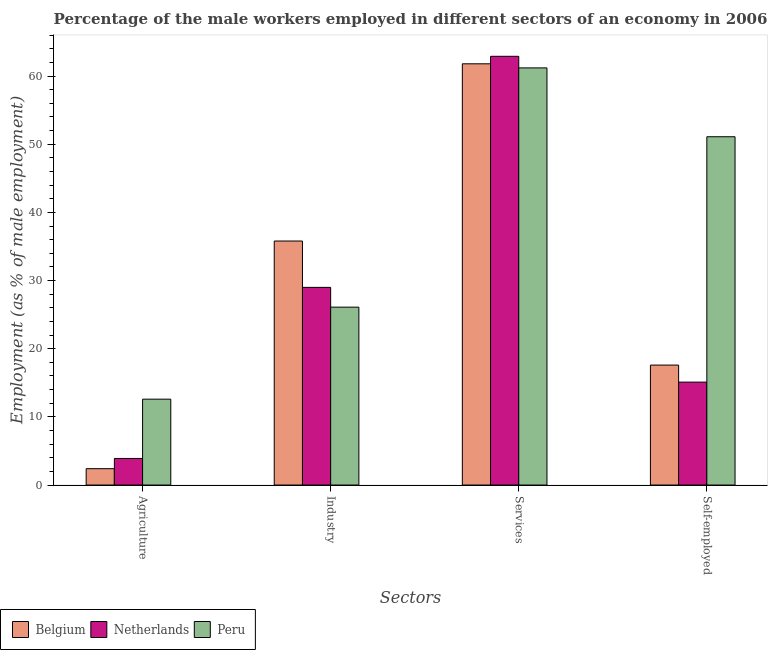
| Sectors | Belgium | Netherlands | Peru |
 | --- | --- | --- | --- |
 | Agriculture | 2.4 | 3.9 | 12.6 |
 | Industry | 35.8 | 29 | 26.1 |
 | Services | 61.8 | 62.9 | 61.2 |
 | Self-employed | 17.6 | 15.1 | 51.1 |